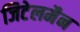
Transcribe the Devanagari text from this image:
जिटेलमैन